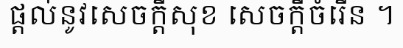
ផ្តល់នូវសេចក្តីសុខ សេចក្តីចំរើន ។